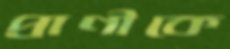
প্রাণীকে